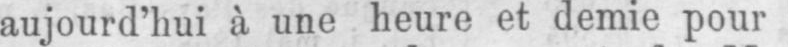
aujourd’hui à une heure et demie pour